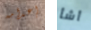
إعدامه أشأ